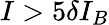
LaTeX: I>5\delta I_{B}